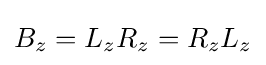
B_{z}=L_{z}R_{z}=R_{z}L_{z}